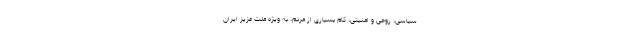
سیاسی، روحی و امنیتی، کام بسیاری از مردم، به ویژه ملّت عزیز ایران